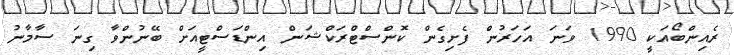
ރެއިންބޯއަކީ 1990 ވަނަ އަހަރުން ފެށިގެން ކޮންސްޓްރަކްޝަން އިންޑަސްޓީއަށް ބޭނުންވާ ގިނަ ސާމާނު